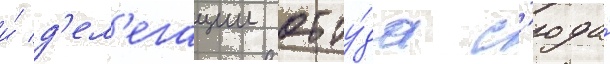
и́ д'ел'егации отту́да с'юда́